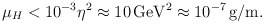
\begin{align*}\mu_{H}< 10^{-3}\eta^{2} \approx 10\,\mbox{GeV}^{2} \approx 10^{-7}\,\mbox{g/m}.\end{align*}